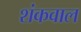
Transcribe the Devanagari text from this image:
शंकवाल